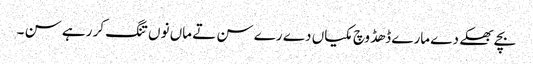
بچے بھکے دے مارے ڈھڈ وچ مکیاں دے رے سن تے ماں نوں تنگ کر رہے سن ۔